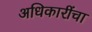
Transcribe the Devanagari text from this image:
अधिकारींचा